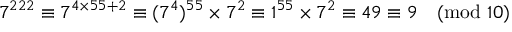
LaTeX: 7 ^ { 2 2 2 } \equiv 7 ^ { 4 \times 5 5 + 2 } \equiv ( 7 ^ { 4 } ) ^ { 5 5 } \times 7 ^ { 2 } \equiv 1 ^ { 5 5 } \times 7 ^ { 2 } \equiv 4 9 \equiv 9 { \pmod { 1 0 } }